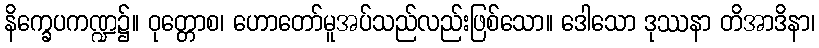
နိက္ခေပကဏ္ဍ၌။ ဝုတ္တောစ၊ ဟောတော်မူအပ်သည်လည်းဖြစ်သော။ ဒေါသော ဒုဿနာ တိအာဒိနာ၊